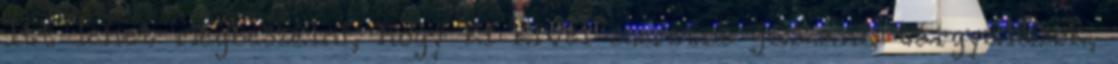
Itt lehet megbeszélni, hogy ki kivel szeretne jászani, tárgyalások,